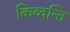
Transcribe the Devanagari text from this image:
किव्दन्ति